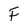
Character: F